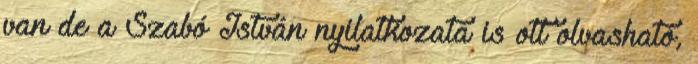
van de a Szabó István nyilatkozata is ott olvasható,